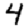
Digit: 4